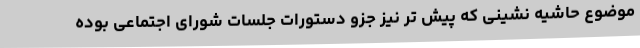
موضوع حاشیه نشینی که پیش تر نیز جزو دستورات جلسات شورای اجتماعی بوده